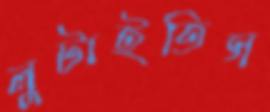
লুটাইতিস